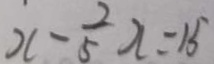
x - \frac { 2 } { 5 } x = 1 5